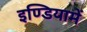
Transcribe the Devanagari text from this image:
इण्डियामें